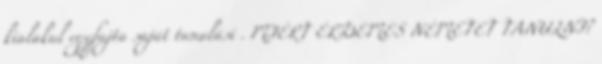
kialakul egyfajta saját tanulási . MIÉRT ÉRDEMES NÉMETET TANULNI?